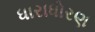
ધારાધોરણ